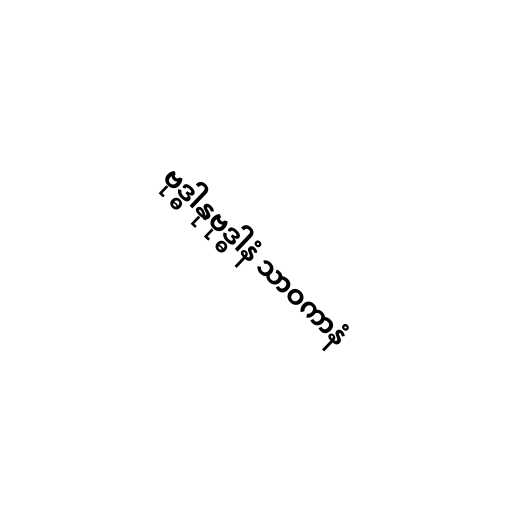
ဗုဒ္ဓါနုဗုဒ္ဓါနံ သာဝကာနံ